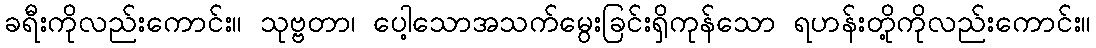
ခရီးကိုလည်းကောင်း။ သုဗ္ဗတာ၊ ပေါ့သောအသက်မွေးခြင်းရှိကုန်သော ရဟန်းတို့ကိုလည်းကောင်း။